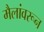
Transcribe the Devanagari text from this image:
मैलांवरून